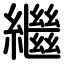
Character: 繼